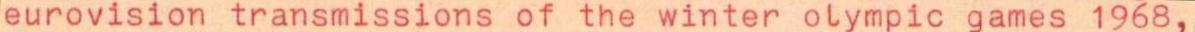
eurovision transmissions of the winter olympic games 1968,